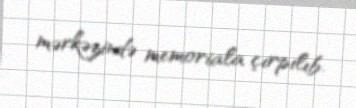
mərkəzində memoriala çırpılıb.